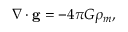
\nabla \cdot \mathbf { g } = - 4 \pi G \rho _ { m } ,